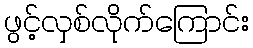
ဖွင့်လှစ်လိုက်ကြောင်း